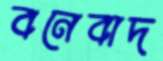
বনেবাদ